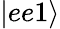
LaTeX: |ee1\rangle